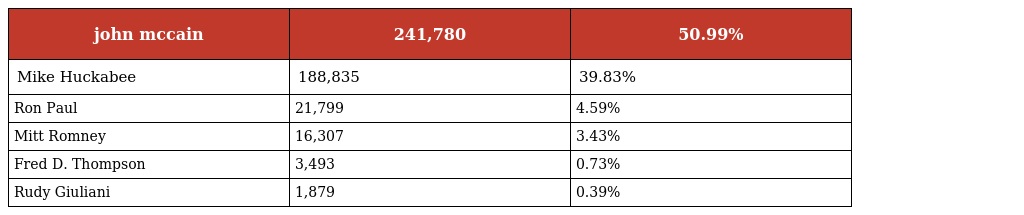
| john mccain | 241,780 | 50.99% |
 | --- | --- | --- |
 | Mike Huckabee | 188,835 | 39.83% |
 | Ron Paul | 21,799 | 4.59% |
 | Mitt Romney | 16,307 | 3.43% |
 | Fred D. Thompson | 3,493 | 0.73% |
 | Rudy Giuliani | 1,879 | 0.39% |